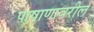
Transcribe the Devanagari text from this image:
पाषाणावरील